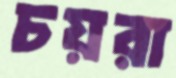
চয়রা